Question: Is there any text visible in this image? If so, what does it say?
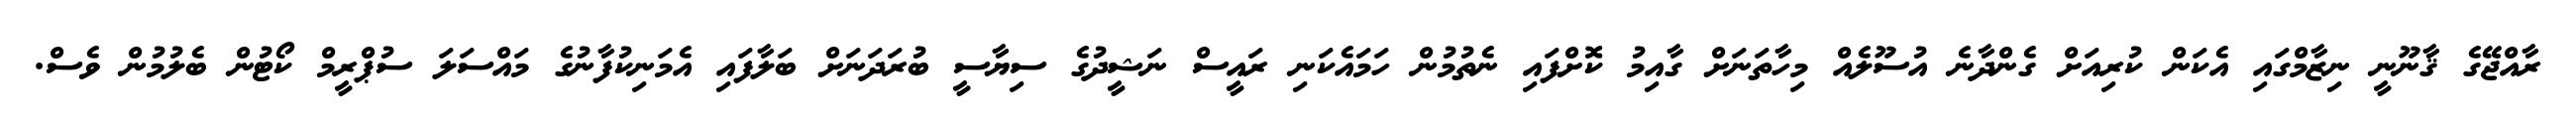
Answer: ރާއްޖޭގެ ޤާނޫނީ ނިޒާމްގައި އެކަން ކުރިއަށް ގެންދާނެ އުސޫލެއް މިހާތަނަށް ގާއިމު ކޮށްފައި ނެތުމުން ހަމައެކަނި ރައީސް ނަޝީދުގެ ސިޔާސީ ބުރަދަނަށް ބަލާފައި އެމަނިކުފާނުގެ މައްސަލަ ސުޕްރީމް ކޯޓުން ބެލުމުން ވެސް.